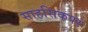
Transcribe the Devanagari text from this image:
साहसिकपर